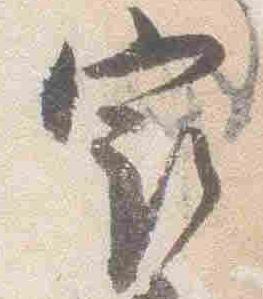
最